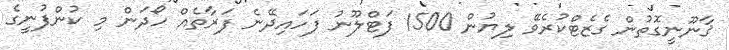
ޤާނޫނީގޮތުން ގެޒެޓްކުރެވޭ ލިޔުން 1500 ފަޓްލޫނު ފަހައިދޭނެ ފަރާތެއް ހޯދަން މި ކުންފުނީގެ